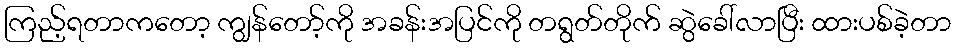
ကြည့်ရတာကတော့ ကျွန်တော့်ကို အခန်းအပြင်ကို တရွတ်တိုက် ဆွဲခေါ်လာပြီး ထားပစ်ခဲ့တာ